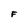
Character: F